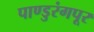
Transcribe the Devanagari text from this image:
पाण्डुरंगपूर